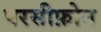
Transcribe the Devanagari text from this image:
परसीफ़ोन